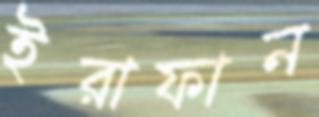
ইরাফান